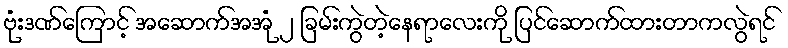
ဗုံးဒဏ်ကြောင့် အဆောက်အအုံ ၂ ခြမ်းကွဲတဲ့နေရာလေးကို ပြင်ဆောက်ထားတာကလွဲရင်